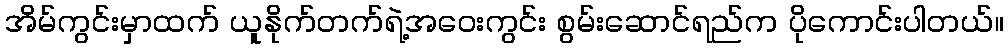
အိမ်ကွင်းမှာထက် ယူနိုက်တက်ရဲ့အဝေးကွင်း စွမ်းဆောင်ရည်က ပိုကောင်းပါတယ်။